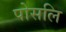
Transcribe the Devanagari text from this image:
पोसलि